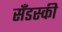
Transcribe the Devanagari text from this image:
सँडस्की